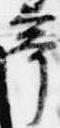
亭